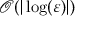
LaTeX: { \mathcal { O } } ( | \log ( \varepsilon ) | )